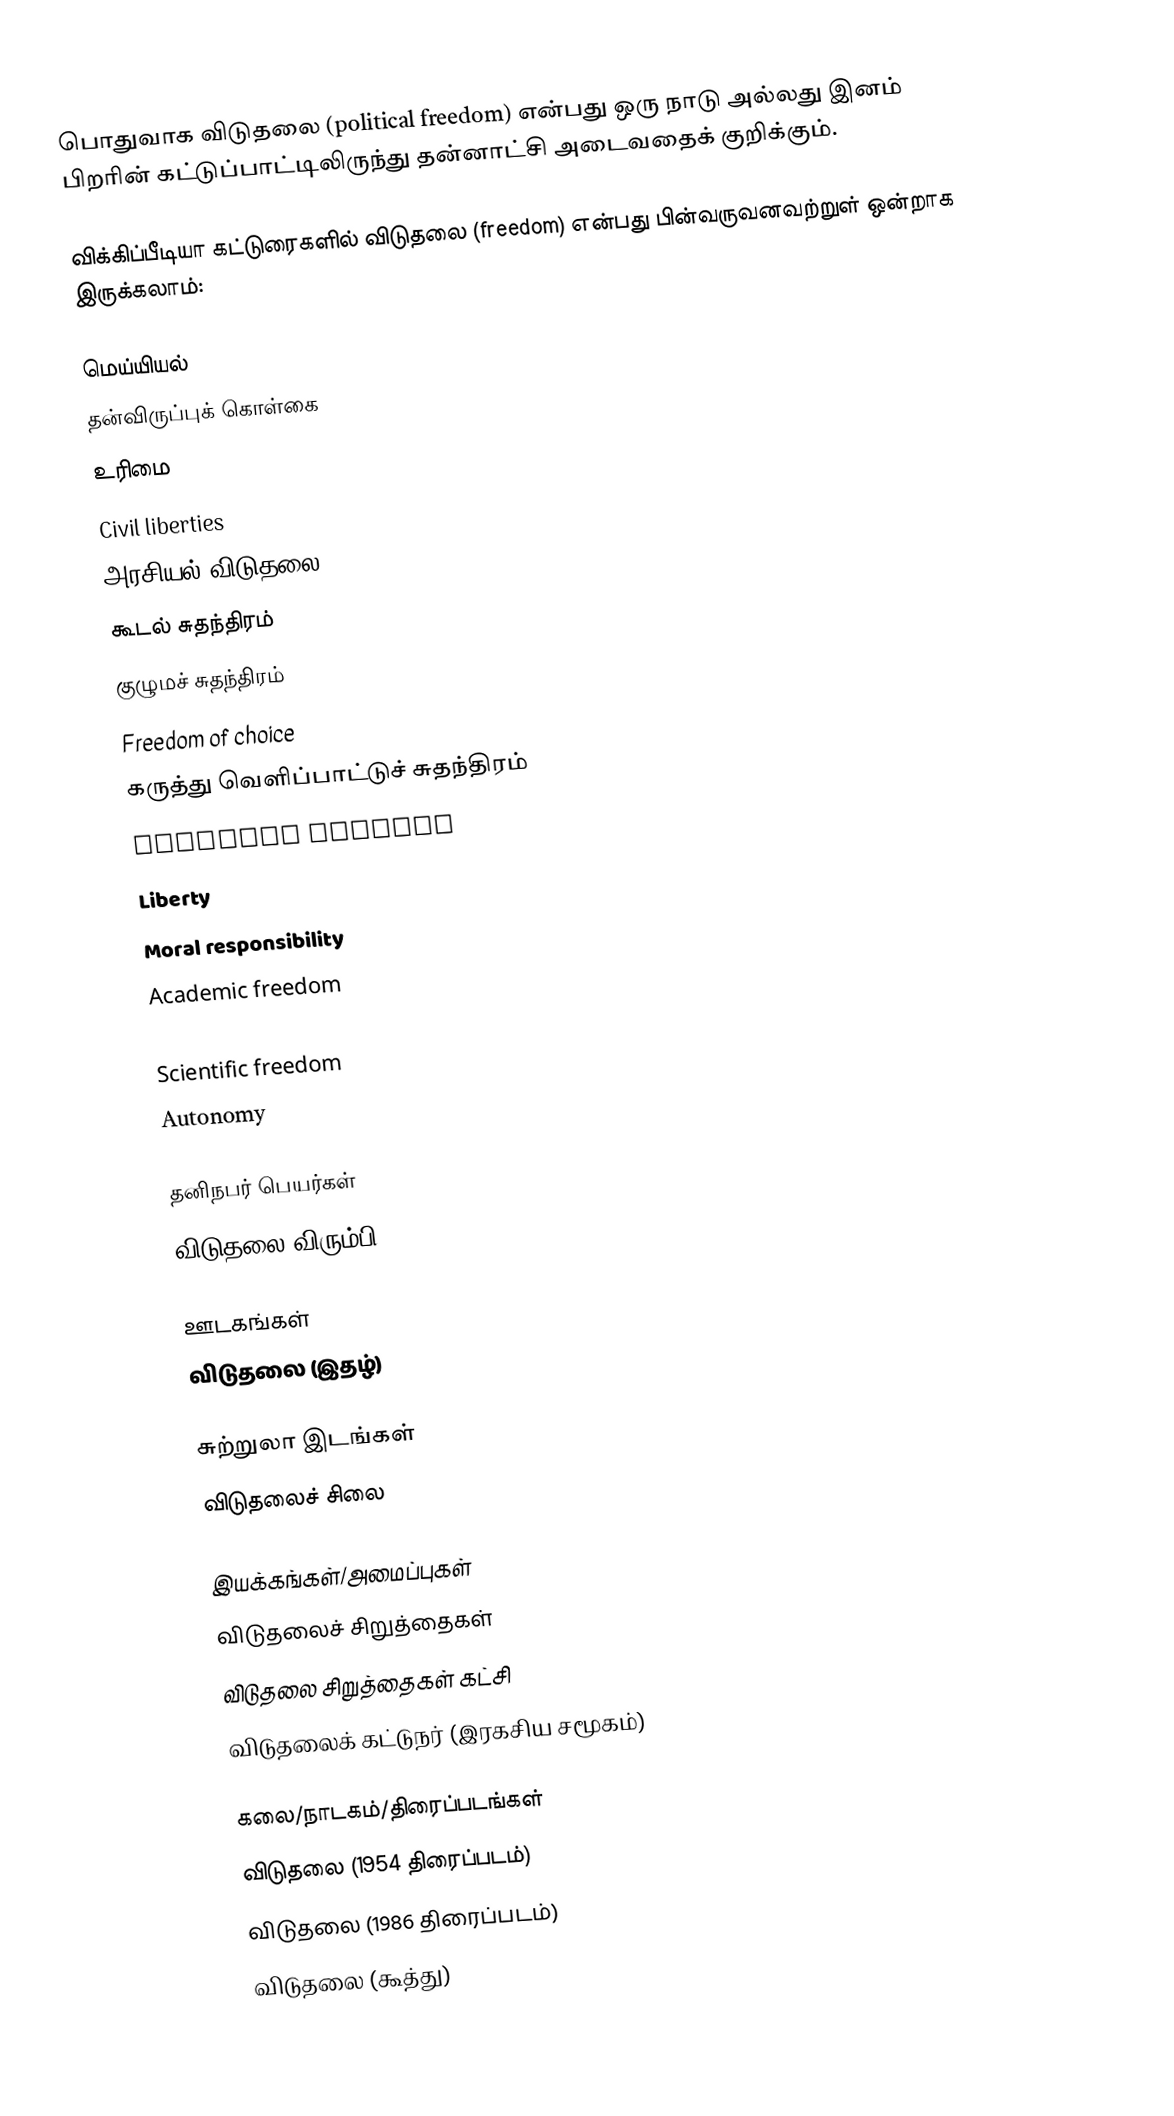
பொதுவாக விடுதலை (political freedom) என்பது ஒரு நாடு அல்லது இனம் பிறரின் கட்டுப்பாட்டிலிருந்து தன்னாட்சி அடைவதைக் குறிக்கும்.

விக்கிப்பீடியா கட்டுரைகளில் விடுதலை (freedom) என்பது பின்வருவனவற்றுள் ஒன்றாக இருக்கலாம்:

மெய்யியல்
 தன்விருப்புக் கொள்கை
 உரிமை
 Civil liberties
 அரசியல் விடுதலை
 கூடல் சுதந்திரம்
 குழுமச் சுதந்திரம்
 Freedom of choice
 கருத்து வெளிப்பாட்டுச் சுதந்திரம்
 Economic freedom
 Liberty
 Moral responsibility
 Academic freedom
 Intellectual freedom
 Scientific freedom
 Autonomy

தனிநபர் பெயர்கள்
 விடுதலை விரும்பி

ஊடகங்கள்
 விடுதலை (இதழ்)

சுற்றுலா இடங்கள்
 விடுதலைச் சிலை

இயக்கங்கள்/அமைப்புகள்
 விடுதலைச் சிறுத்தைகள்
 விடுதலை சிறுத்தைகள் கட்சி
 விடுதலைக் கட்டுநர் (இரகசிய சமூகம்)

கலை/நாடகம்/திரைப்படங்கள்
 விடுதலை (1954  திரைப்படம்)
 விடுதலை (1986 திரைப்படம்)
 விடுதலை (கூத்து)